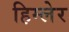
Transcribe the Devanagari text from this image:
हिम्लेर